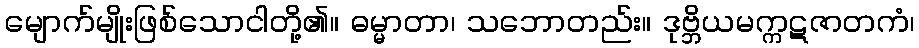
မျောက်မျိုးဖြစ်သောငါတို့၏။ ဓမ္မာတာ၊ သဘောတည်း။ ဒုဗ္ဘိယမက္ကဋဇာတကံ၊